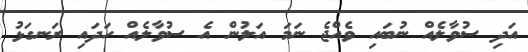
އަދި ސުވާލެއް ނުބައި ވެއްޖެ ނަމަ އަލުން އެ ސުވާލެއް ހަދައި ރަނގަޅު